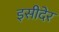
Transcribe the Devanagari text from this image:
इसीदेर